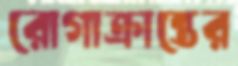
রোগাক্রান্তের